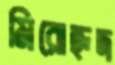
মিরোহৃদ